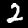
Label: 2